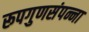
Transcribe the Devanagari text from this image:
रूपगुणसंपन्ना